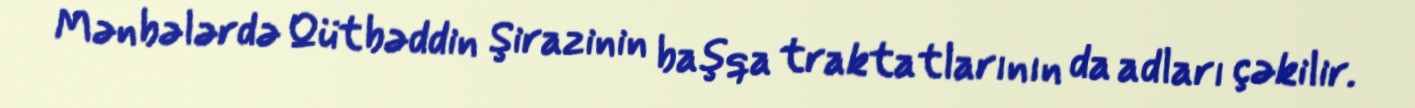
Mənbələrdə Qütbəddin Şirazinin başqa traktatlarının da adları çəkilir.